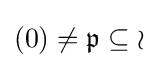
(0)\neq {\mathfrak {p}}\subseteq {\mathcal {o}}